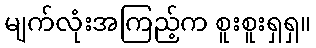
မျက်လုံးအကြည့်က စူးစူးရှရှ။